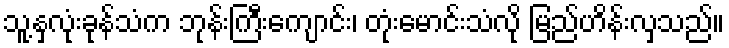
သူ့နှလုံးခုန်သံက ဘုန်းကြီးကျောင်း၊ တုံးမောင်းသံလို မြည်ဟိန်းလှသည်။